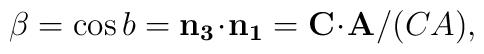
\beta = \cos{b} = {\bf n_3 \!\cdot\! n_1} = {\bf C \!\cdot\! A}/(CA),